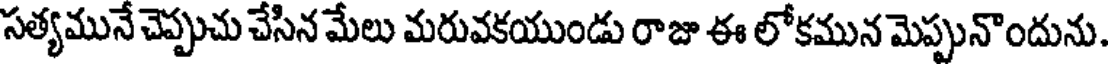
సత్యమునే చెప్పుచు చేసిన మేలు మరువకయుండు రాజు ఈ లోకమున మెప్పునొందును.